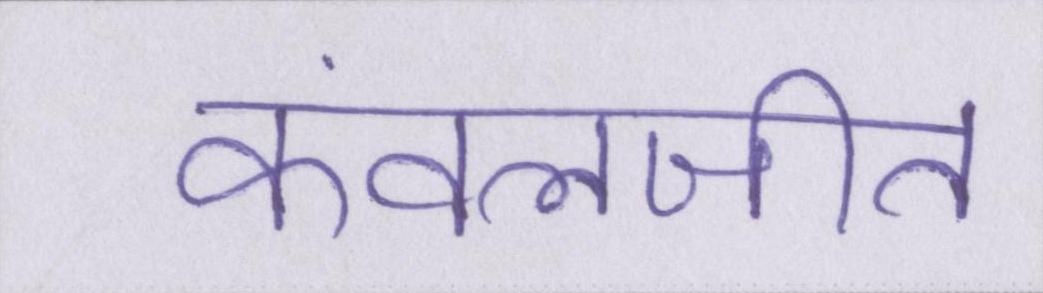
कंवलजीत